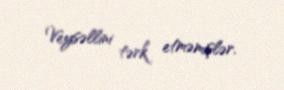
Veysəllini tərk etməmişlər.